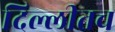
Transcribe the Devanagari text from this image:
दिल्लीतच